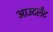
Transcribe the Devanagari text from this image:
आउटलैट